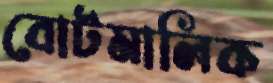
বোটমালিক